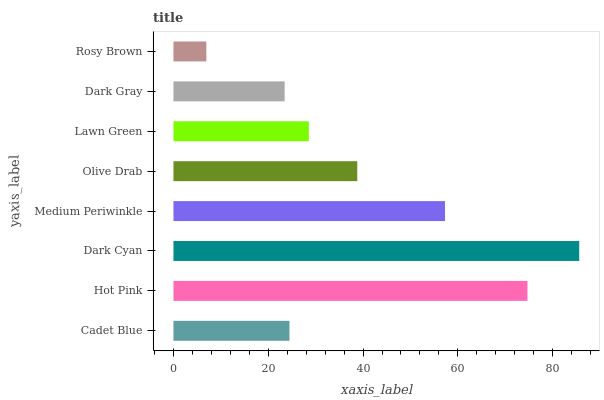
| yaxis_label | bars |
 | --- | --- |
 | Cadet Blue | 24.5 |
 | Hot Pink | 74.7 |
 | Dark Cyan | 85.6 |
 | Medium Periwinkle | 57.3 |
 | Olive Drab | 38.8 |
 | Lawn Green | 28.6 |
 | Dark Gray | 23.5 |
 | Rosy Brown | 6.94 |